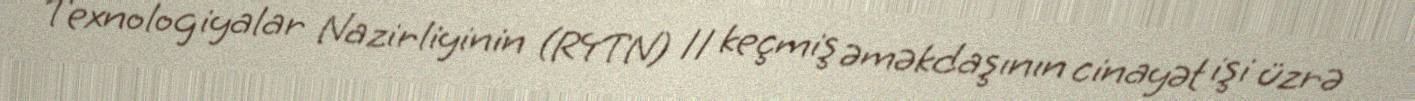
Texnologiyalar Nazirliyinin (RYTN) 11 keçmiş əməkdaşının cinayət işi üzrə